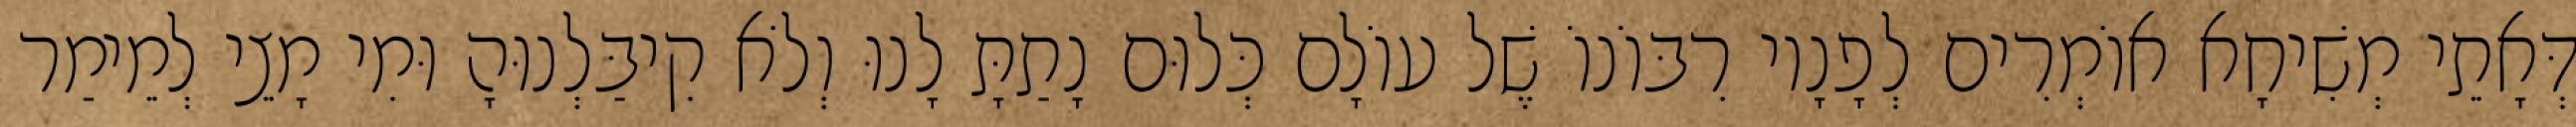
דְּאָתֵי מְשִׁיחָא אוֹמְרִים לְפָנָיו רִבּוֹנוֹ שֶׁל עוֹלָם כְּלוּם נָתַתָּ לָנוּ וְלֹא קִיבַּלְנוּהָ וּמִי מָצֵי לְמֵימַר